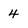
Character: 4